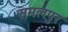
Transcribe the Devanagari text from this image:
समलपुर